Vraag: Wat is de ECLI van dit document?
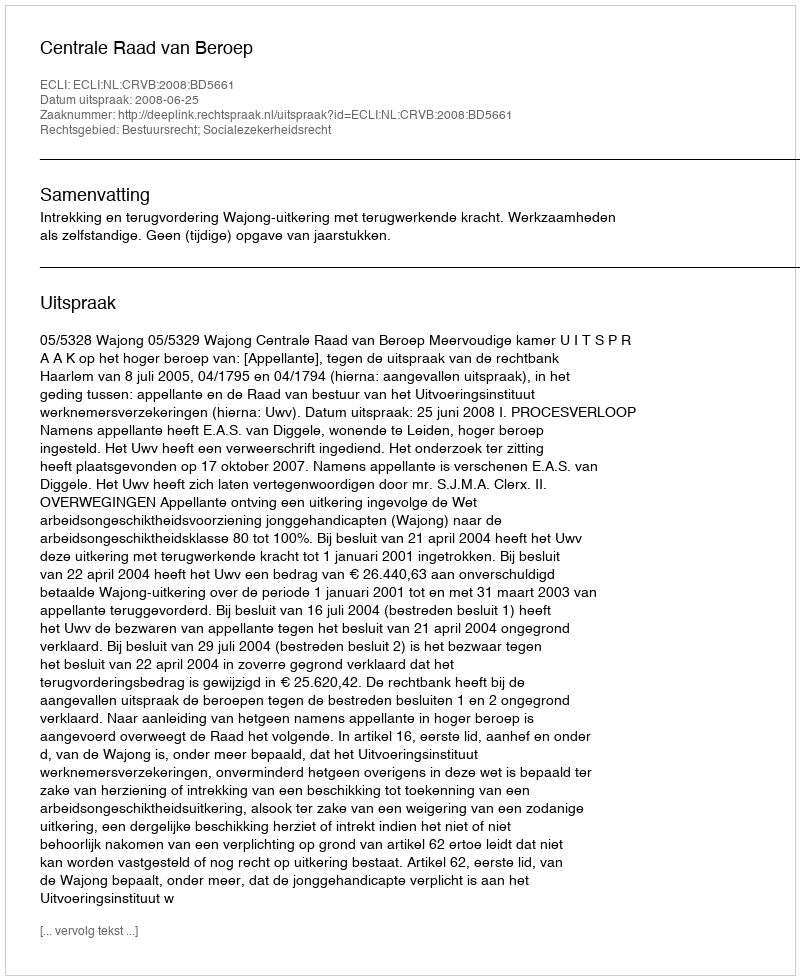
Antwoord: ECLI:NL:CRVB:2008:BD5661